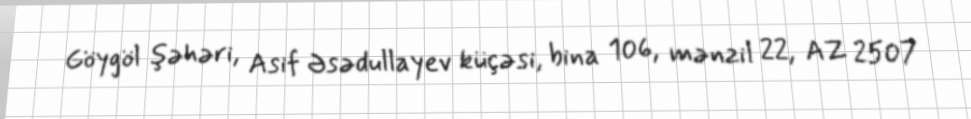
Göygöl şəhəri, Asif Əsədullayev küçəsi, bina 106, mənzil 22, AZ 2507